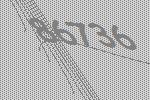
86736